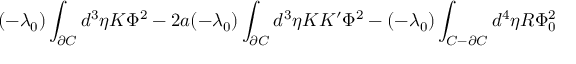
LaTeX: ( - \lambda _ { 0 } ) \int _ { \partial C } d ^ { 3 } \eta K \Phi ^ { 2 } - 2 a ( - \lambda _ { 0 } ) \int _ { \partial C } d ^ { 3 } \eta K K ^ { \prime } \Phi ^ { 2 } - ( - \lambda _ { 0 } ) \int _ { C - \partial C } d ^ { 4 } \eta R \Phi _ { 0 } ^ { 2 }